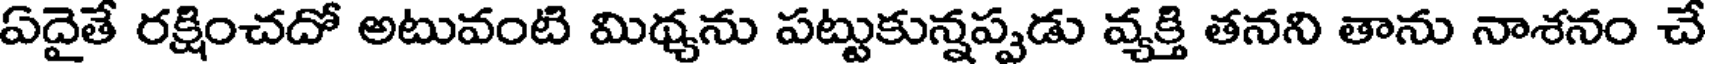
ఏదైతే రక్షించదో అటువంటి మిథ్యను పట్టుకున్నప్పుడు వ్యక్తి తనని తాను నాశనం చే